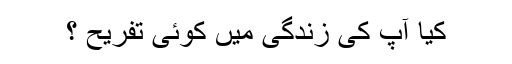
کیا آپ کی زندگی میں کوئی تفریح ؟